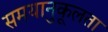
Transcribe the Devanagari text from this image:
समयानुकूलता